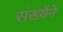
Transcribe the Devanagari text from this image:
संख्येंने